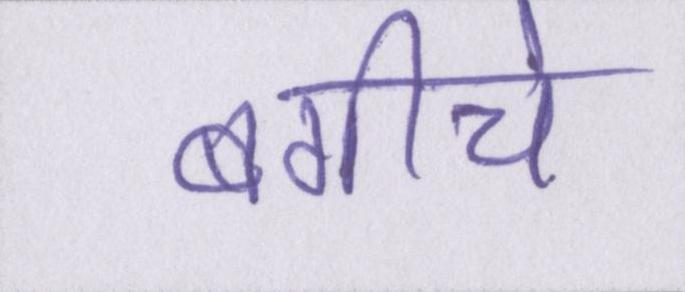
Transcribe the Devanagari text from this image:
बगीचे